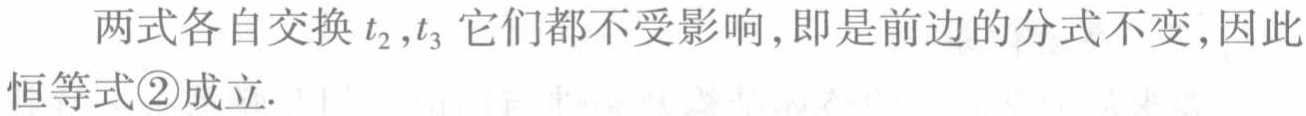
两式各自交换\(t_{2},t_{3}\)它们都不受影响,即是前边的分式不变,因此恒等式\textcircled{2}成立.